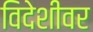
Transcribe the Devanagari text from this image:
विदेशीवर